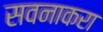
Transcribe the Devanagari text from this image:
सवनाकरा